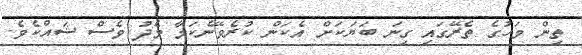
ތިން މަހުގެ ތެރޭގައި ގިނަ ބަޔަކަށް އެކަން ކުރެވޭނެކަމާ މެދު ވެސް ޝައްކެވެ.